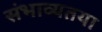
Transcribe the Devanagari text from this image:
संभाव्यतया